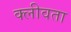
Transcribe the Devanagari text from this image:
क्लीवता